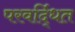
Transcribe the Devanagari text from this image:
परवर्द्धित